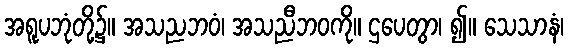
အရူပဘုံတို့၌။ အသညဘဝံ၊ အသညီဘဝကို။ ဌပေတွာ၊ ၍။ သေသာနံ၊